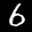
Label: 6